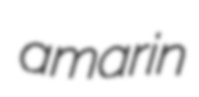
amarin